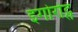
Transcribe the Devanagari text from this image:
इगोरोट्स